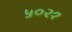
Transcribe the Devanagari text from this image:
५०२१